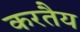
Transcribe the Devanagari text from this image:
करतैय